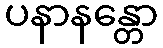
ပနာနန္တော